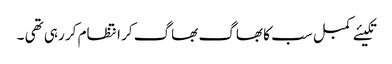
تکیئے کمبل سب کا بھاگ بھاگ کر انتظام کر رہی تھی ۔